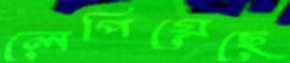
লেপিয়েছে